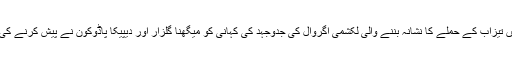
حقیقی زندگی میں تیزاب کے حملے کا نشانہ بننے والی لکشمی اگروال کی جدوجہد کی کہانی کو میگھنا گلزار اور دیپیکا پاڈوکون نے پیش کرنے کی کوشش کی ہے۔